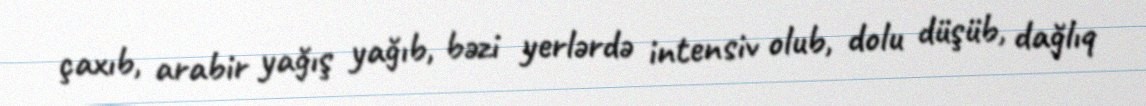
çaxıb, arabir yağış yağıb, bəzi yerlərdə intensiv olub, dolu düşüb, dağlıq